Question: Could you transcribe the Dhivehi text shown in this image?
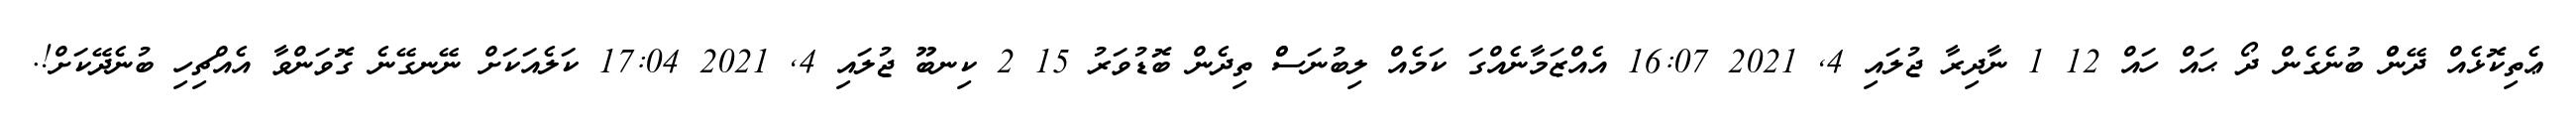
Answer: ޢެތިކޮޅެއް ދޭންް ބުނެގެން ދޯ ޙައް ހައް 12 1 ނާދިރާ ޖުލައި 4, 2021 16:07 އެއްޒަމާނެއްގަ ކަމެއް ލިބުނަސްް ތިދެން ބޮޑުވަރު 15 2 ކިނބޫ ޖުލައި 4, 2021 17:04 ކަލެއަކަށް ނޭނގޭނެ ގޮވަންވާ އެއްޗިހި ބުނެދޭކަށް!.